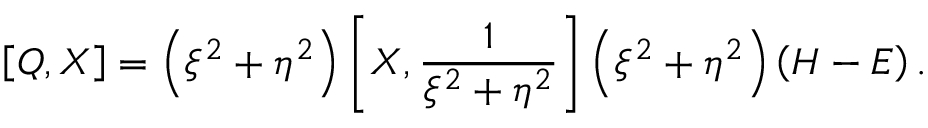
\left[ Q , X \right] = \left( \xi ^ { 2 } + \eta ^ { 2 } \right) \left[ X , \frac { 1 } { \xi ^ { 2 } + \eta ^ { 2 } } \right] \left( \xi ^ { 2 } + \eta ^ { 2 } \right) \left( H - E \right) .